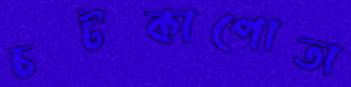
চটকাপোতা